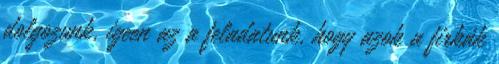
dolgozunk, igeen az a feladatunk, hogy azok a firkák